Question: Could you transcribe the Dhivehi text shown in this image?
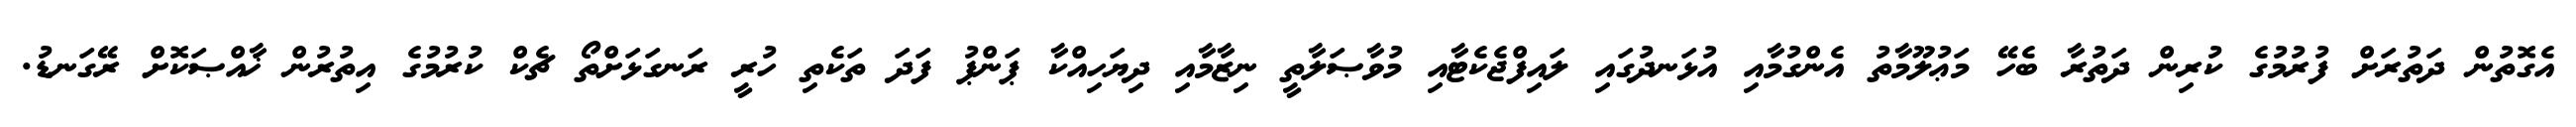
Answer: އެގޮތުން ދަތުރަށް ފުރުމުގެ ކުރިން ދަތުރާ ބެހޭ މަޢުލޫމާތު އެންގުމާއި އުޅަނދުގައި ލައިފްޖެކެޓާއި މުވާޞަލާތީ ނިޒާމާއި ދިޔަހިއްކާ ޕަންޕު ފަދަ ތަކެތި ހުރީ ރަނގަޅަށްތޯ ޗެކް ކުރުމުގެ އިތުރުން ޚާއްޞަކޮށް ރޭގަނޑު.